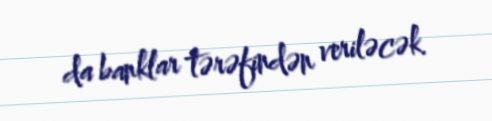
da banklar tərəfindən veriləcək.